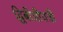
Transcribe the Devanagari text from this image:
द्विबीजीपत्री